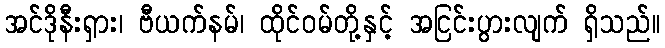
အင်ဒိုနီးရှား၊ ဗီယက်နမ်၊ ထိုင်ဝမ်တို့နှင့် အငြင်းပွားလျက် ရှိသည်။